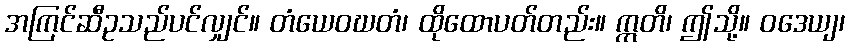
အကြင်ဆီဥသည်ပင်လျှင်။ တံယေဝဃတံ၊ ထိုထောပတ်တည်း။ ဣတိ၊ ဤသို့။ ဝဒေယျ၊